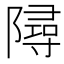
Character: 𨼔